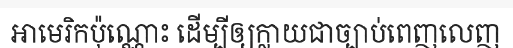
អាមេរិកប៉ុណ្ណោះ ដើម្បីឲ្យក្លាយជាច្បាប់ពេញលេញ